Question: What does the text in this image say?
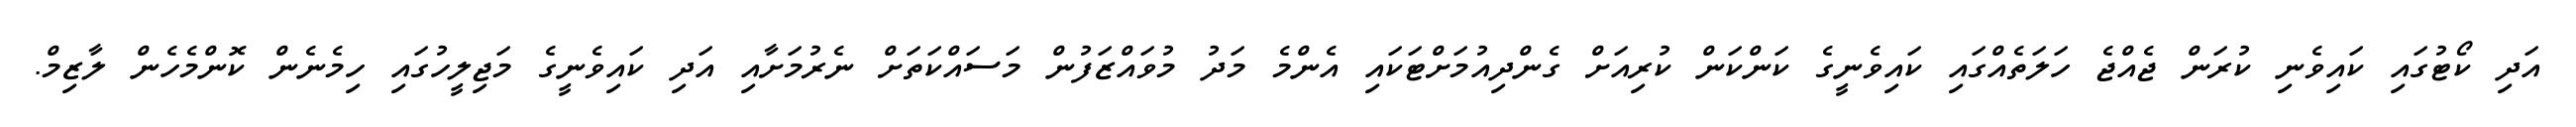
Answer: އަދި ކޯޓުގައި ކައިވެނި ކުރަން ޖެއްޖެ ހަލަތެއްގައި ކައިވެނީގެ ކަންކަން ކުރިއަށް ގެންދިއުމަށްޓަކައި އެންމެ މަދު މުވައްޒަފުން މަސައްކަތަށް ނެރުމަށާއި އަދި ކައިވެނީގެ މަޖިލީހުގައި ހިމެނެން ކޮންމެހެން ލާޒިމް.